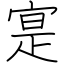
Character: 寔